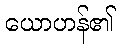
ယောဟန်၏